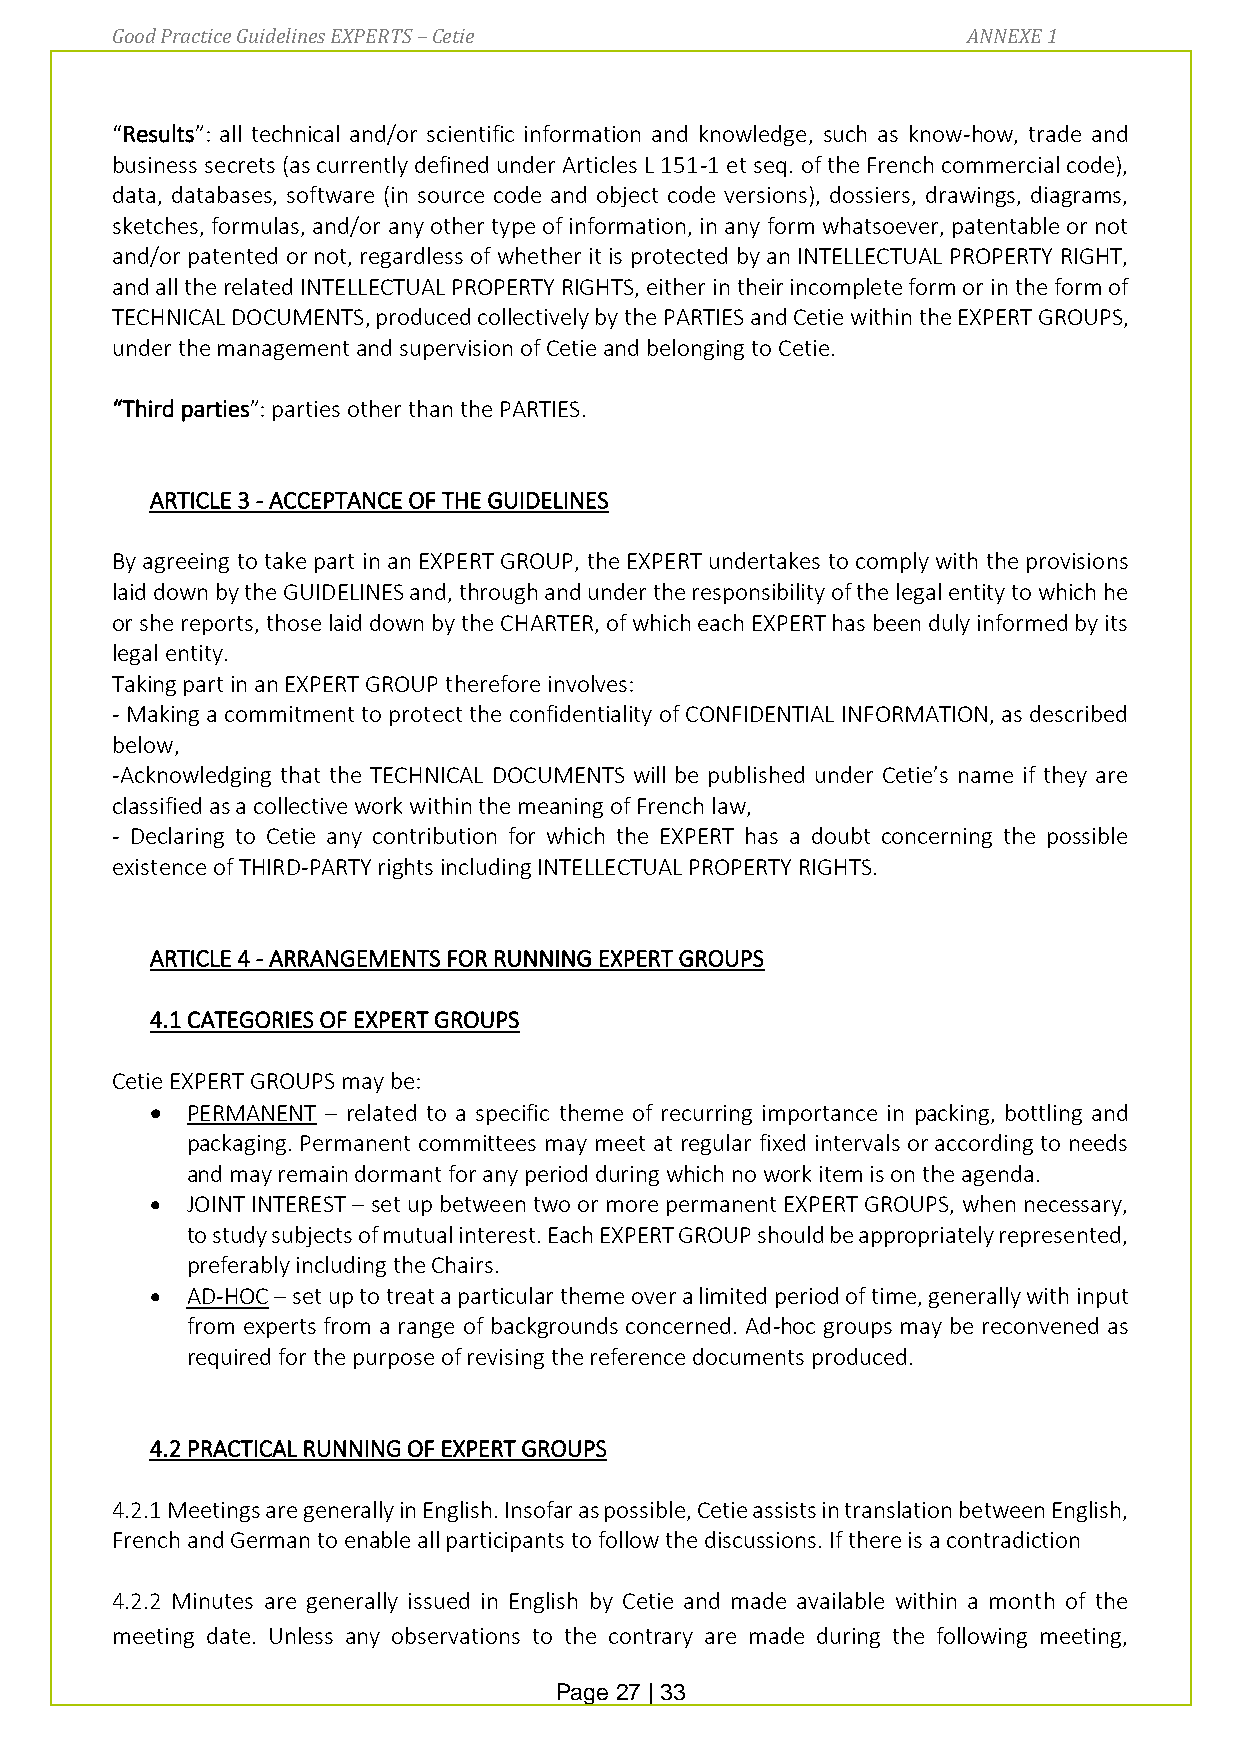
Good Practice Guidelines EXPERTS – Cetie                 ANNEXE 1
 “Results”: all technical and/or scientific information and knowledge, such as know-how, trade and
 business secrets (as currently defined under Articles L 151-1 et seq. of the French commercial code),
 data, databases, software (in source code and object code versions), dossiers, drawings, diagrams,
 sketches, formulas, and/or any other type of information, in any form whatsoever, patentable or not
 and/or patented or not, regardless of whether it is protected by an INTELLECTUAL PROPERTY RIGHT,
 and all the related INTELLECTUAL PROPERTY RIGHTS, either in their incomplete form or in the form of
 TECHNICAL DOCUMENTS, produced collectively by the PARTIES and Cetie within the EXPERT GROUPS,
 under the management and supervision of Cetie and belonging to Cetie.
 “Third parties”: parties other than the PARTIES.
 ARTICLE 3 - ACCEPTANCE OF THE GUIDELINES
 By agreeing to take part in an EXPERT GROUP, the EXPERT undertakes to comply with the provisions
 laid down by the GUIDELINES and, through and under the responsibility of the legal entity to which he
 or she reports, those laid down by the CHARTER, of which each EXPERT has been duly informed by its
 legal entity.
 Taking part in an EXPERT GROUP therefore involves:
 - Making a commitment to protect the confidentiality of CONFIDENTIAL INFORMATION, as described
 below,
 -Acknowledging that the TECHNICAL DOCUMENTS will be published under Cetie’s name if they are
 classified as a collective work within the meaning of French law,
 - Declaring to Cetie any contribution for which the EXPERT has a doubt concerning the possible
 existence of THIRD-PARTY rights including INTELLECTUAL PROPERTY RIGHTS.
 ARTICLE 4 - ARRANGEMENTS FOR RUNNING EXPERT GROUPS
 4.1 CATEGORIES OF EXPERT GROUPS
 Cetie EXPERT GROUPS may be:
 • PERMANENT – related to a specific theme of recurring importance in packing, bottling and
 packaging. Permanent committees may meet at regular fixed intervals or according to needs
 and may remain dormant for any period during which no work item is on the agenda.
 • JOINT INTEREST – set up between two or more permanent EXPERT GROUPS, when necessary,
 to study subjects of mutual interest. Each EXPERT GROUP should be appropriately represented,
 preferably including the Chairs.
 • AD-HOC – set up to treat a particular theme over a limited period of time, generally with input
 from experts from a range of backgrounds concerned. Ad-hoc groups may be reconvened as
 required for the purpose of revising the reference documents produced.
 4.2 PRACTICAL RUNNING OF EXPERT GROUPS
 4.2.1 Meetings are generally in English. Insofar as possible, Cetie assists in translation between English,
 French and German to enable all participants to follow the discussions. If there is a contradiction
 4.2.2 Minutes are generally issued in English by Cetie and made available within a month of the
 meeting date. Unless any observations to the contrary are made during the following meeting,
 Page 27 | 33